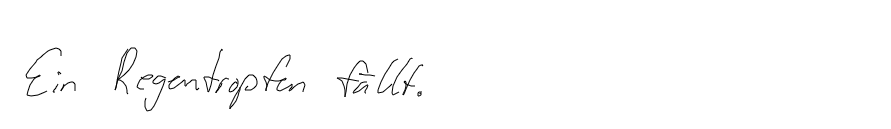
Ein Regentropfen fällt.